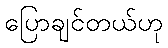
ပြောချင်တယ်ဟု